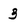
Character: 3